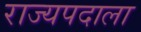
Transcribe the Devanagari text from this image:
राज्यपदाला